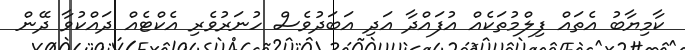
ކާމިޔާބު އެތައް ފިލްމުތަކެއް އުފައްދާ އަދި އަބަދުވެސް ހުނަރުވެރި އެކްޓެއް ދައްކުވާ ދޭން